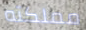
مملكته